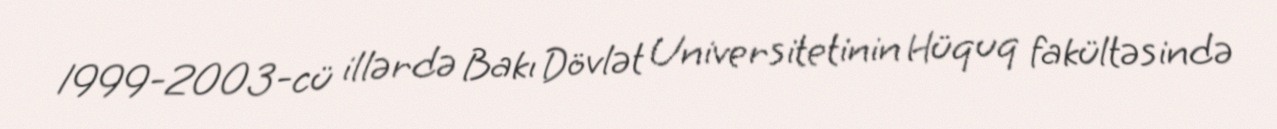
1999-2003-cü illərdə Bakı Dövlət Universitetinin Hüquq fakültəsində